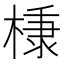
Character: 𭫗